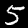
Label: 5